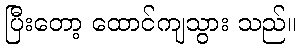
ပြီးတော့ ထောင်ကျသွား သည်။